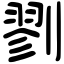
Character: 剹